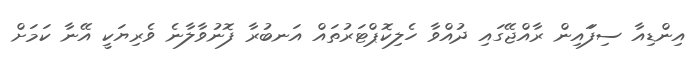
އިންޑިއާ ސިފަައިން ރާއްޖޭގައި ދުއްވާ ހެލިކޮޕްޓަރުތައް އަނބުރާ ފޮނުވާލާނެ ވެރިޔަކީ އޭނާ ކަމަށް